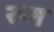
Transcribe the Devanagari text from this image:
रूग